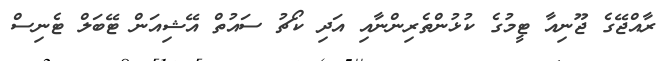
ރާއްޖޭގެ ޖޫނިއާ ޓީމުގެ ކުޅުންތެރިންނާއި އަދި ކޯޗު ސައުތް އޭޝިއަން ޓޭބަލް ޓެނިސް